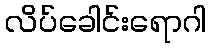
လိပ်ခေါင်းရောဂါ